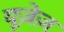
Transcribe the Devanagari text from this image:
यूज़ेज़